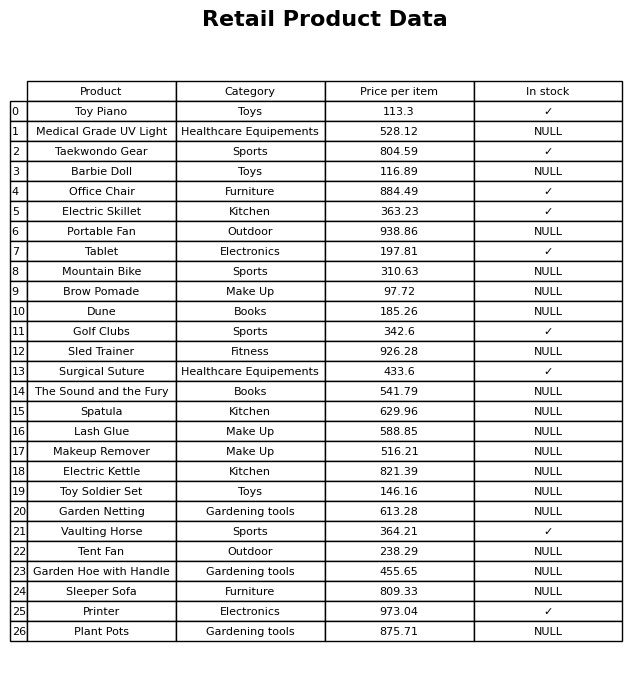
question: Is the Sleeper Sofa in stock?
answer: NULL